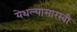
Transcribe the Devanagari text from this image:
येथल्यासारखी